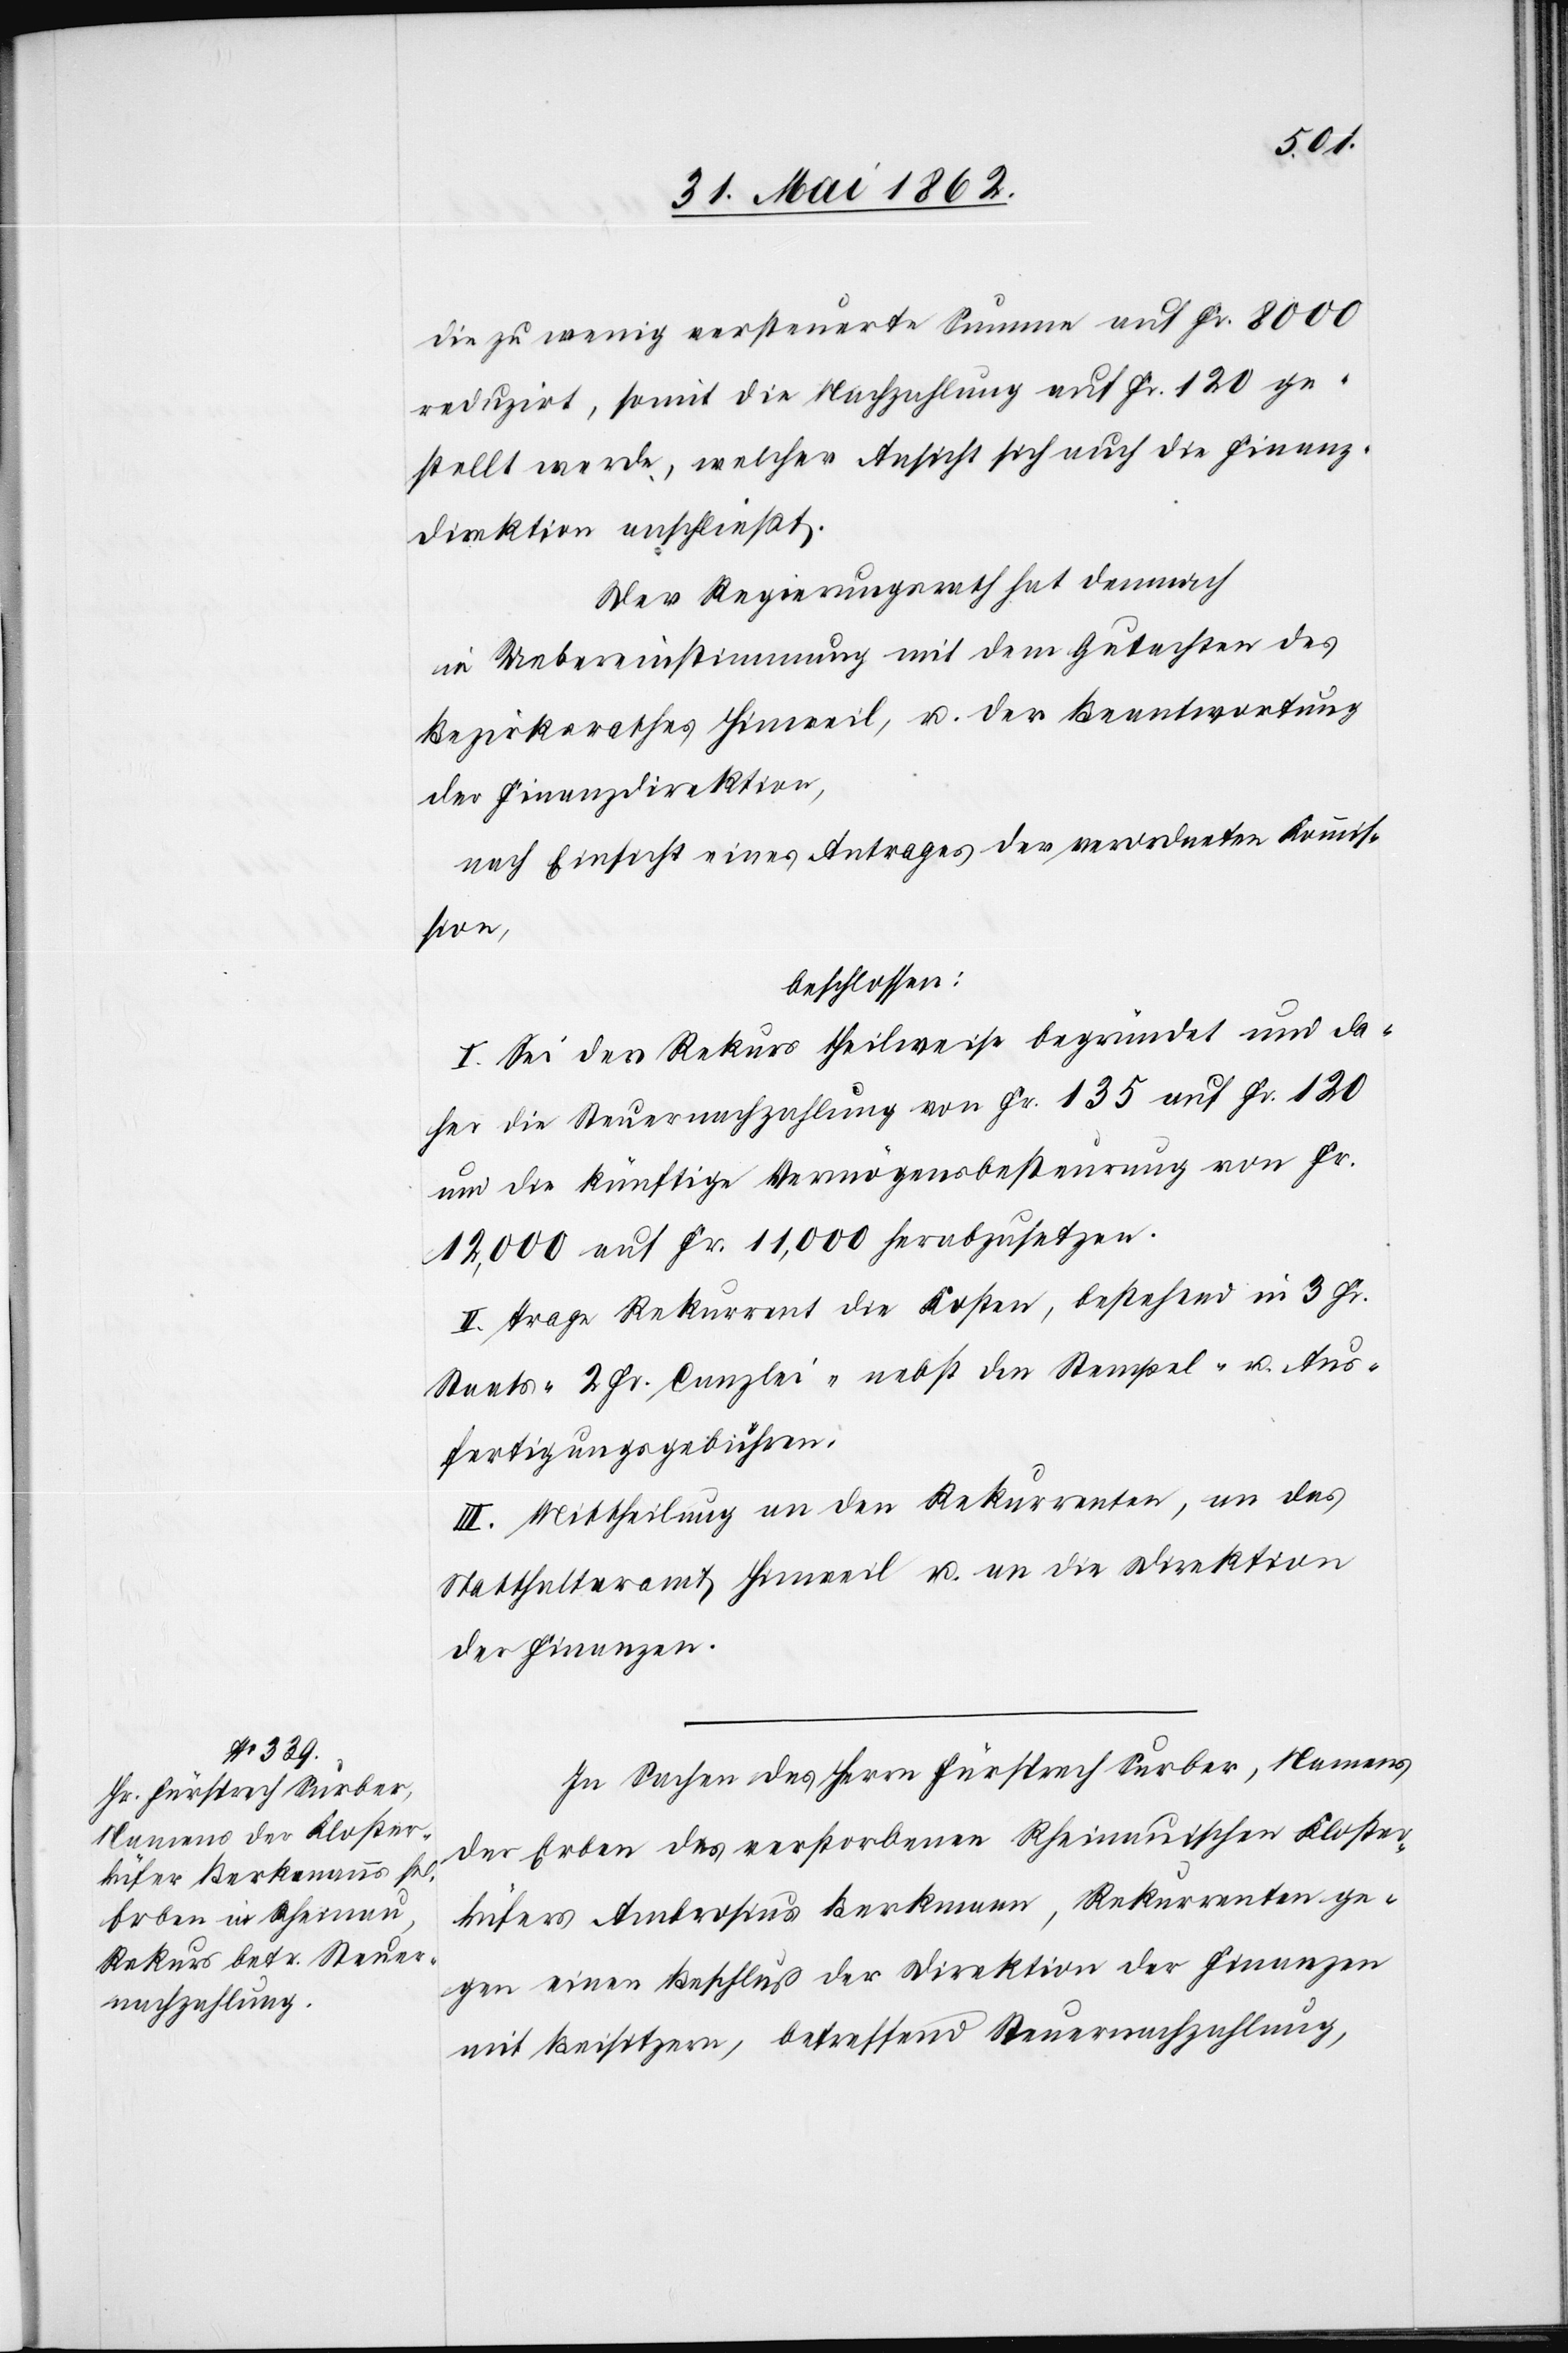
die zu wenig versteuerte Summe auf Fr. 8000
reduzirt, somit die Nachzahlung auf Fr. 120 ge¬
stellt werde, welcher Ansicht sich auch die Finanz¬
direktion anschließt.
Der Regierungsrath hat demnach
in Uebereinstimmung mit dem Gutachten des
Bezirksrathes Hinweil, u. der Beantwortung
der Finanzdirektion,
nach Einsicht eines Antrages der verordneten Kommis¬
sion,
beschlossen:
I. Sei der Rekurs theilweise begründet und da¬
her die Steuernachzahlung von Fr. 135 auf Fr. 120
um die künftige Vermögensbesteurung von Fr.
12,000 auf Fr. 11,000 herabzusetzen.
II. Trage Rekurrent die Kosten, bestehend in 3 Fr.
Staats-[,] 2 Fr. Canzlei- nebst den Stempel- u. Aus¬
fertigungsgebühren.
III. Mittheilung an den Rekurrenten, an das
Statthalteramt Hinweil u. an die Direktion
der Finanzen.
In Sachen des Herrn Fürsprech Surber, Namens
der Erben des verstorbenen Rheinauischen Kloster¬
küfers Ambrosius Berkmann, Rekurrenten ge¬
gen einen Beschluß der Direktion der Finanzen
mit Beisitzern, betreffend Steuernachzahlung,